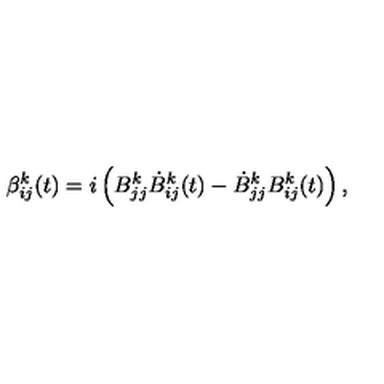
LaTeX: \beta _ { i j } ^ { k } ( t ) = i \left( B _ { j j } ^ { k } \dot { B } _ { i j } ^ { k } ( t ) - \dot { B } _ { j j } ^ { k } B _ { i j } ^ { k } ( t ) \right) ,